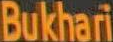
Bukhari